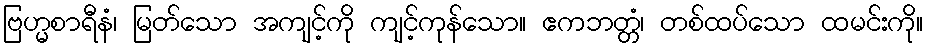
ဗြဟ္မစာရီနံ၊ မြတ်သော အကျင့်ကို ကျင့်ကုန်သော။ ဧကဘတ္တံ၊ တစ်ထပ်သော ထမင်းကို။